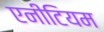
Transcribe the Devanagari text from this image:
एनीटियम